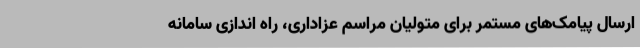
ارسال پیامک‌های مستمر برای متولیان مراسم عزاداری، راه اندازی سامانه